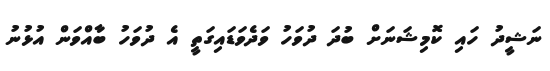
ނަޝީދު ހައި ކޮމިޝަނަށް ބުދަ ދުވަހު ވަދެވަޑައިގަތީ އެ ދުވަހު ބާއްވަން އުޅުނު